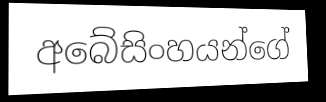
අබේසිංහයන්ගේ